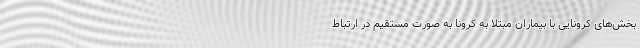
بخش‌های کرونایی با بیماران مبتلا به کرونا به صورت مستقیم در ارتباط